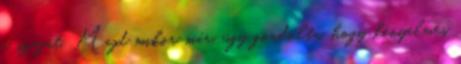
a száját. Majd mikor már, úgy gondolta, hogy kényelmes